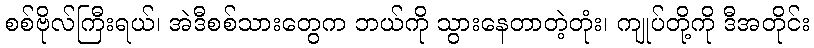
စစ်ဗိုလ်ကြီးရယ်၊ အဲဒီစစ်သားတွေက ဘယ်ကို သွားနေတာတဲ့တုံး၊ ကျုပ်တို့ကို ဒီအတိုင်း